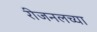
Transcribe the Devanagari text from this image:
रीजनलच्या